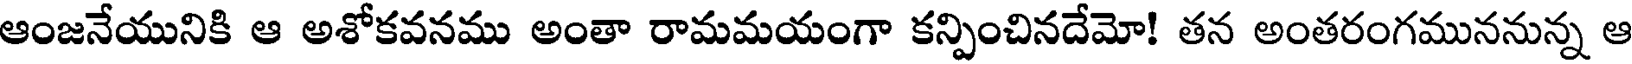
ఆంజనేయునికి ఆ అశోకవనము అంతా రామమయంగా కన్పించినదేమో! తన అంతరంగముననున్న ఆ